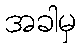
အခါမှ